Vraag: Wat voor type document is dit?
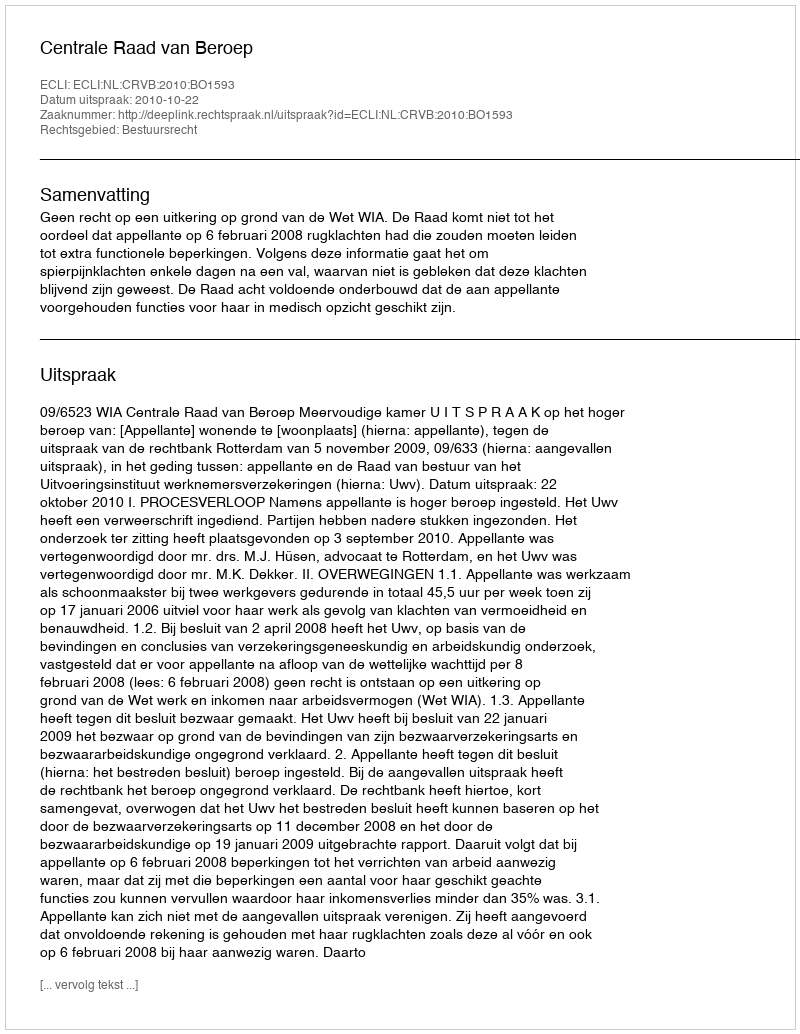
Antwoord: Uitspraak